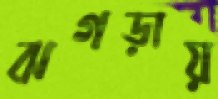
ঝগড়ায়